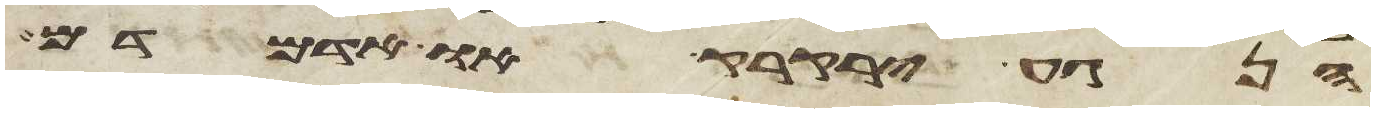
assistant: הנגע ירקרק או אדמדם